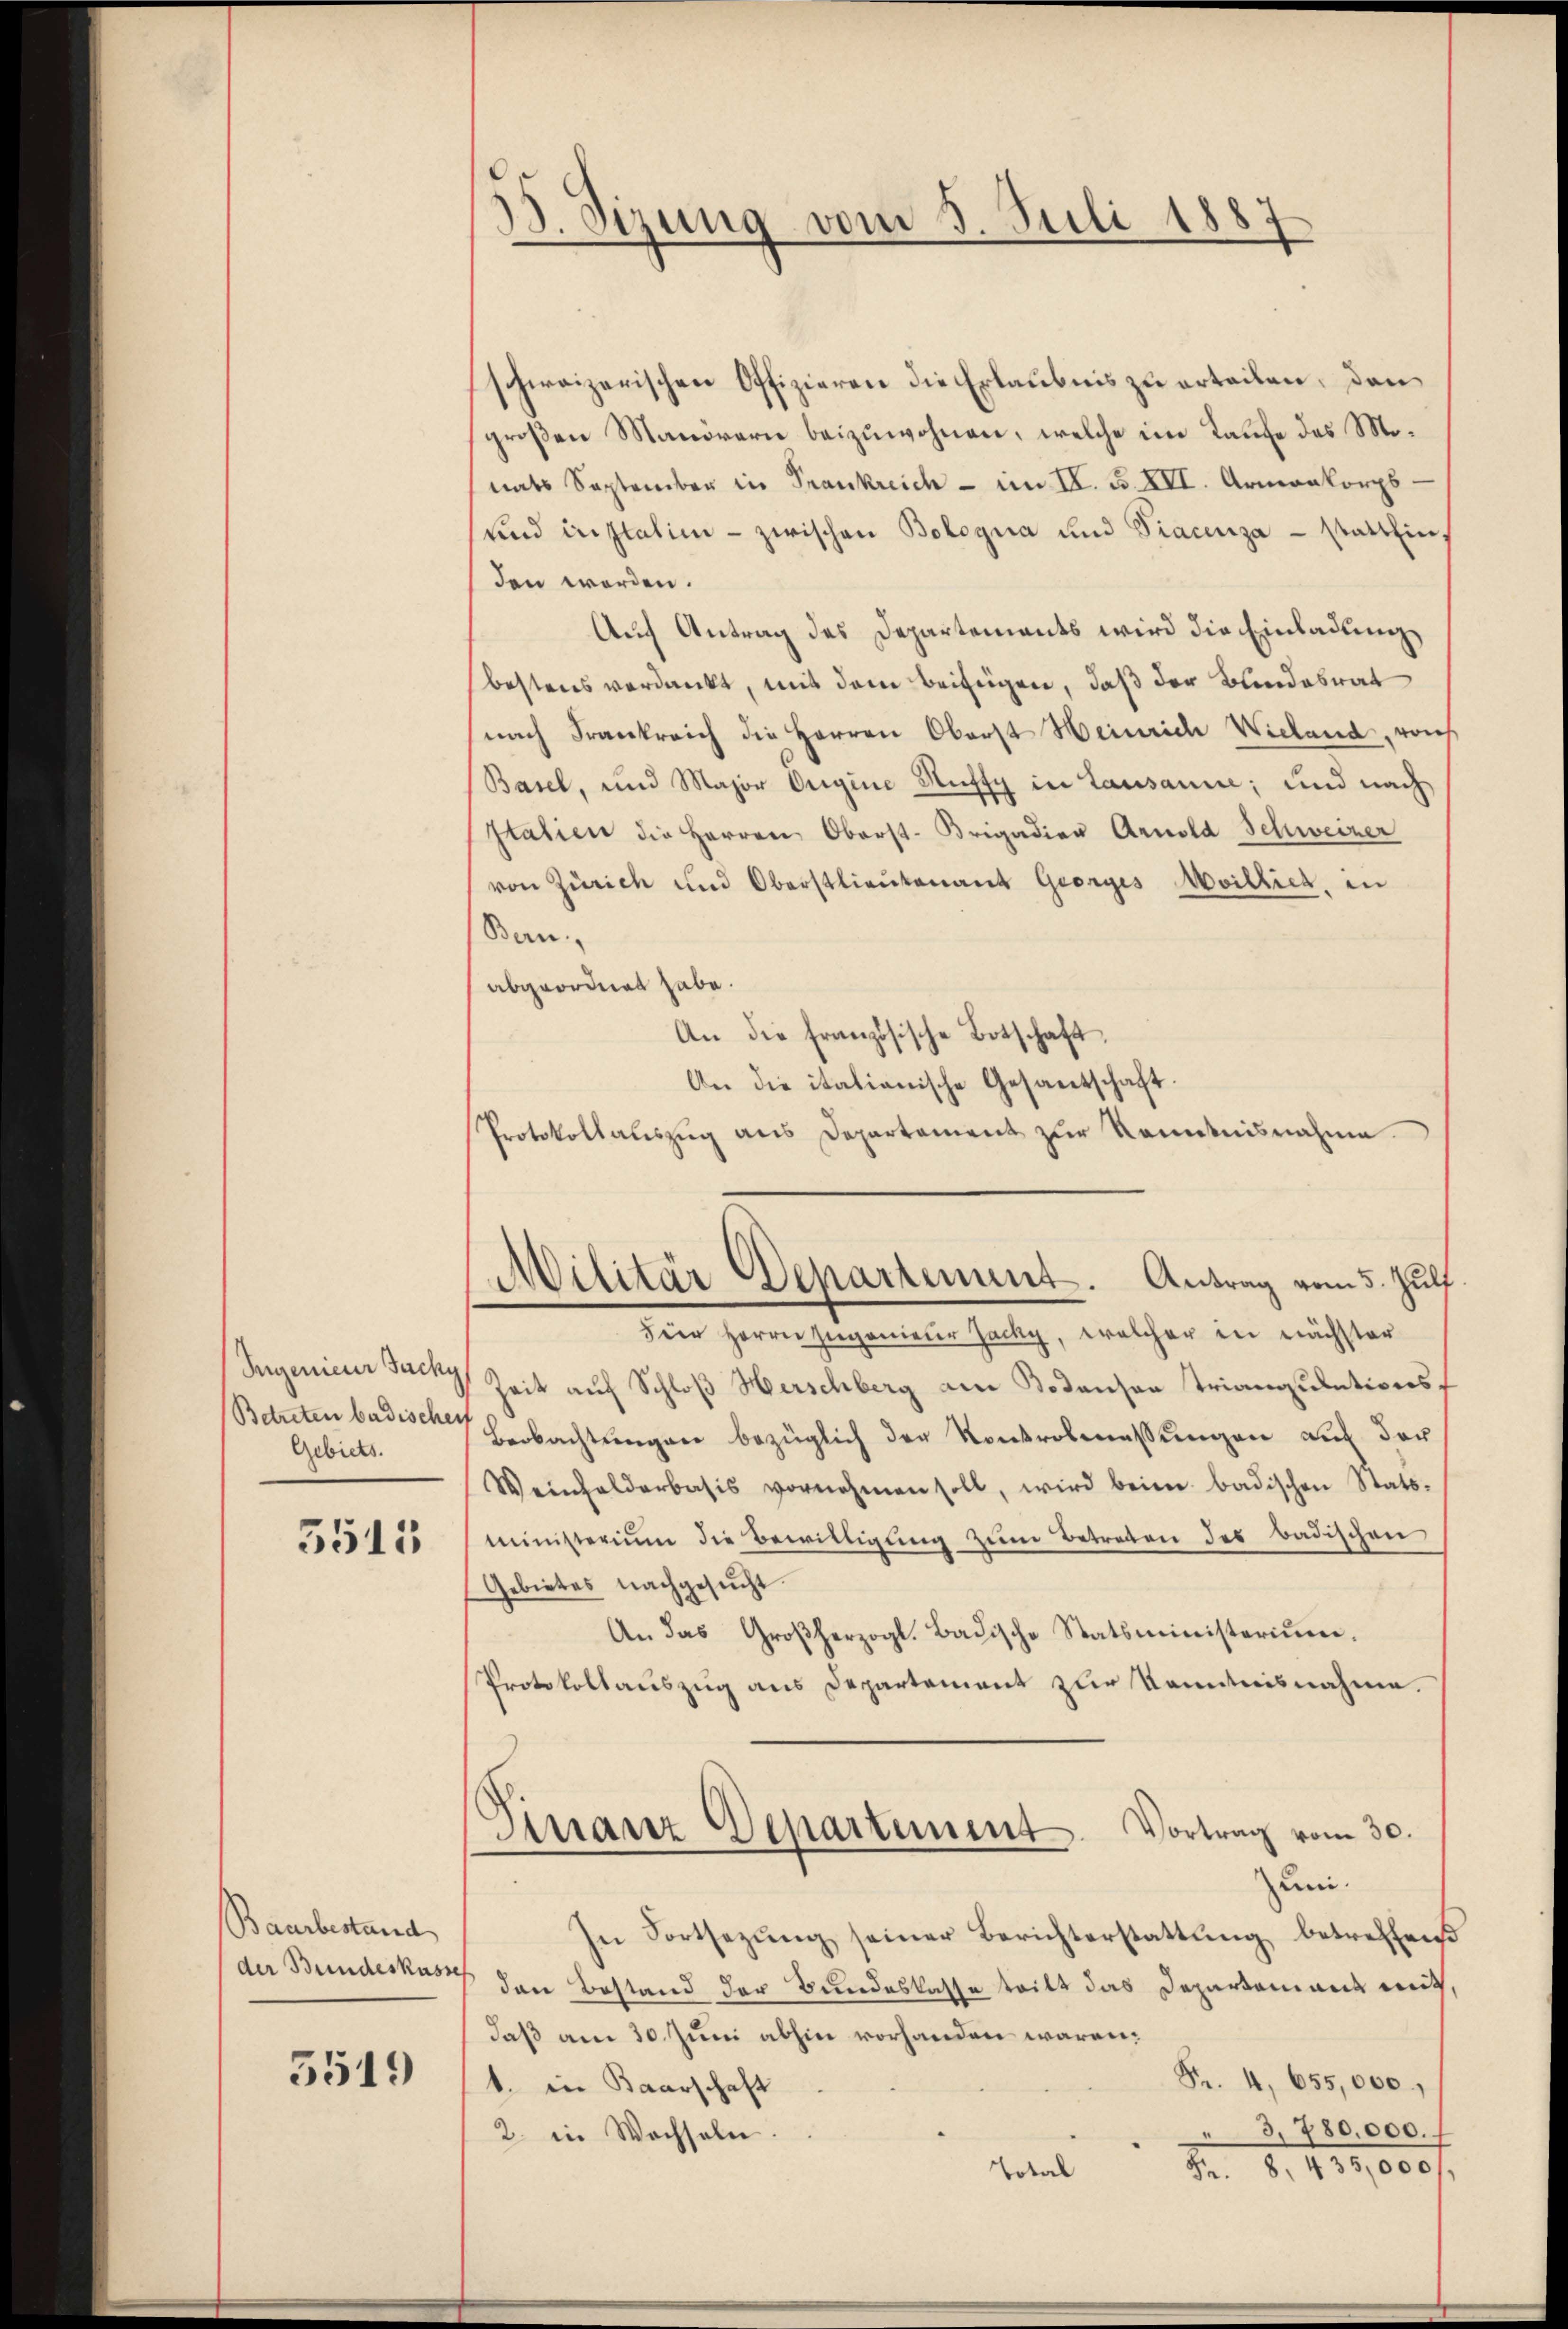
Ingenieur Sachy
Betreten badischei
Gebiets.

5515

Baarbestand
der Bundeskasse

5519

S. Sizung vom 3. Juli 1887

schweizerischen Offizieren die Erlaubnis zu erteilen, den
großen Manörern beizuwohnen, welche im Laufe des Monats September in Frankreich - im II. F. XII. Armenkorps
und instation - zwischen Bologna und Piacenza - statthin,
den werden.
Auch Antrag des Departements wird die Einladung
bestens verdankt, mit dem beifügen, daß der Bundesrat
(nach Frankreich die Herren Oberst Heinrich Wieland, reich
Basel, und Major Origine Nuffy in Lausanne; und nach
Italien die Herren Oberst-Brigadier Arnold Schweizer
von Zürich und Oberstlieutenant Georges Meillich, in
Bern.
abgeordnet habe.
An die französische Botschaft.
An die italianische Gesantschaft.
Protokollauszug aus Departement zur Kenntnisnahme

Militär Departement. Antrag vom 5. Juli.

fier Herrn Ingenieur Jacky, welcher in nächster
Zeit auf Schloß Herschberg am Bodensen Triangulationsf
Beobachtungen bezüglich der Kontrobmassungen auf der
Weinhalderbasis vornehmen soll, wird beim badischen Stats-
ministerium die Bewilligŭng zŭm Betreten des badischen
Gebietes nachgesŭcht.
An das Großherzogl. Badische Statsministerium.
Protokollauszug aus Departement zur Kenntnisnahme.
Finanz Departement. Vortrag vom 30.
uni.
In Fortsezŭng seiner Berichterstattŭng betreffend
den Bestand der Bundeskasse tritt das Departement mit,
daß am 30. Juni abhin vorhanden wären.
Fr. 4, 655,000.
1. in Baarschaft
3, 780,000.
2. in Wechseln.
Nr. 8. 139,000 f
Total